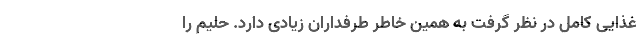
غذایی کامل در نظر گرفت به همین خاطر طرفداران زیادی دارد. حلیم را